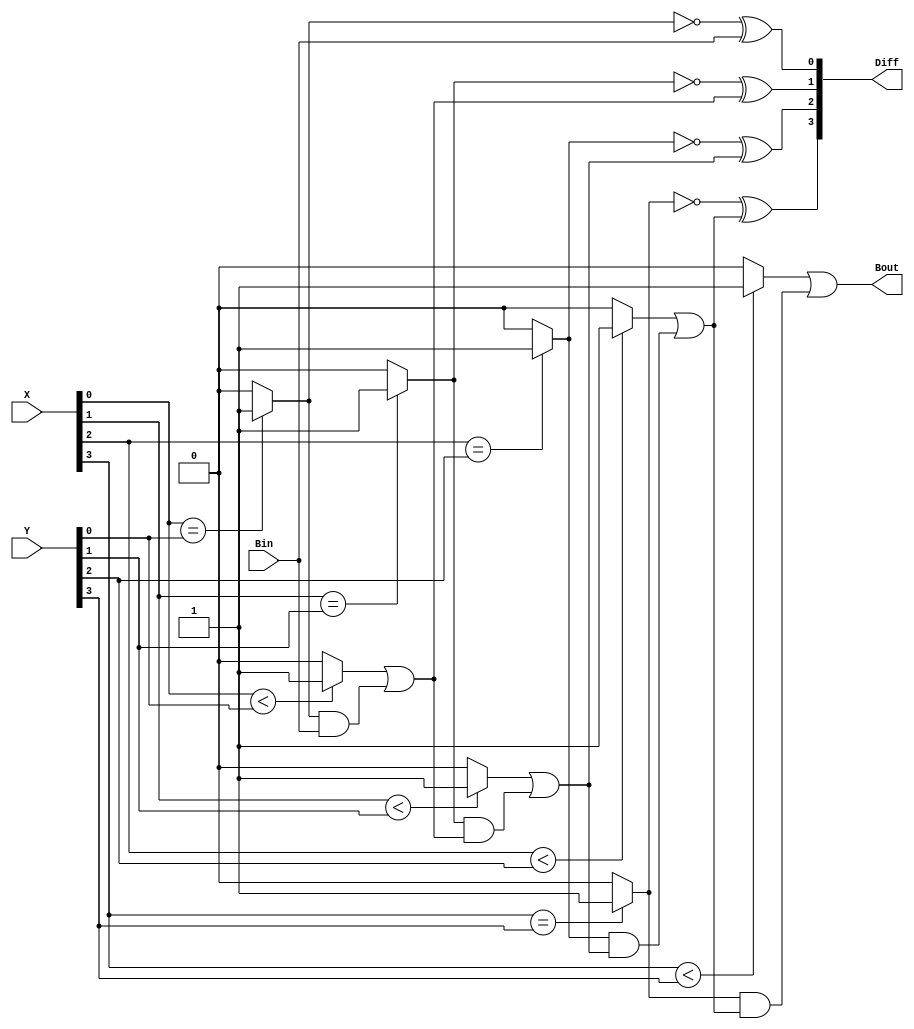
module Lab2_4_bit_BLS_behavioral(
    output reg [3:0]Diff, output reg Bout,
    input  [3:0]X, Y, input Bin
    );
    reg G0, G1, G2, G3;
    reg P0, P1, P2, P3;
    reg B1, B2, B3;

    always @(*)
    if(X[0]<Y[0])G0=1;
    else G0=0;

    always @(*)
    if(X[1]<Y[1])G1=1;
    else G1=0;

    always @(*)
    if(X[2]<Y[2])G2=1;
    else G2=0;

    always @(*)
    if(X[3]<Y[3])G3=1;
    else G3=0;

    always @(*)
    if(X[0]==Y[0])P0=1;
    else P0=0;

    always @(*)
    if(X[1]==Y[1])P1=1;
    else P1=0;

    always @(*)
    if(X[2]==Y[2])P2=1;
    else P2=0;

    always @(*)
    if(X[3]==Y[3])P3=1;
    else P3=0;


    always @(*)
    begin

    B1 = G0|(P0)&(Bin);
    B2 = G1|(P1)&(B1);
    B3 = G2|(P2)&(B2);
    Bout = G3|(P3)&(B3);

    Diff[0] = (~(P0)^Bin);
    Diff[1] = (~(P1)^B1); 
    Diff[2] = (~(P2)^B2); 
    Diff[3] = (~(P3)^B3);  

    end


 




endmodule